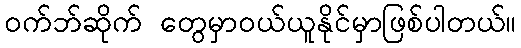
ဝက်ဘ်ဆိုက် တွေမှာဝယ်ယူနိုင်မှာဖြစ်ပါတယ်။